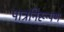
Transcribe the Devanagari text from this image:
पात्रनिरूपण